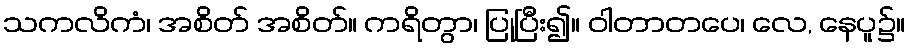
သကလိကံ၊ အစိတ် အစိတ်။ ကရိတွာ၊ ပြုပြီး၍။ ဝါတာတပေ၊ လေ, နေပူ၌။